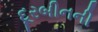
દૂરબીનની